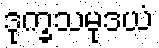
ဒုက္ခသမုဒယံ